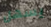
يسهل